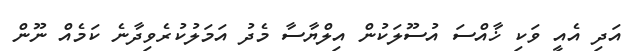
އަދި އެއީ ވަކި ޚާއްސަ އުސޫލަކުން އިލްޔާސާ މެދު އަމަލުކުރެވިދާނެ ކަމެއް ނޫން